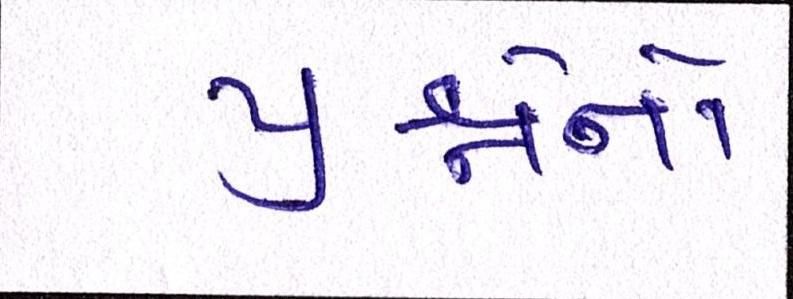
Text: પ્રશ્નોનો